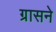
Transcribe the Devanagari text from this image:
ग्रासने